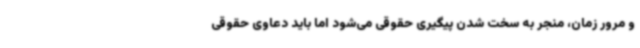
و مرور زمان، منجر به سخت شدن پیگیری حقوقی می‌شود اما باید دعاوی حقوقی